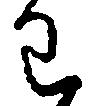
わ